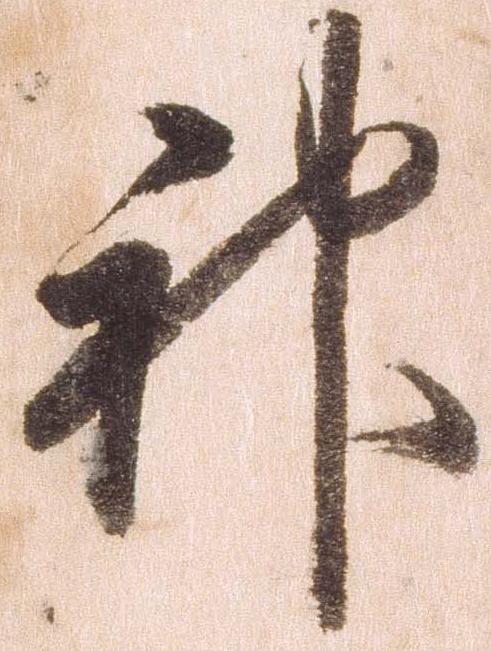
神